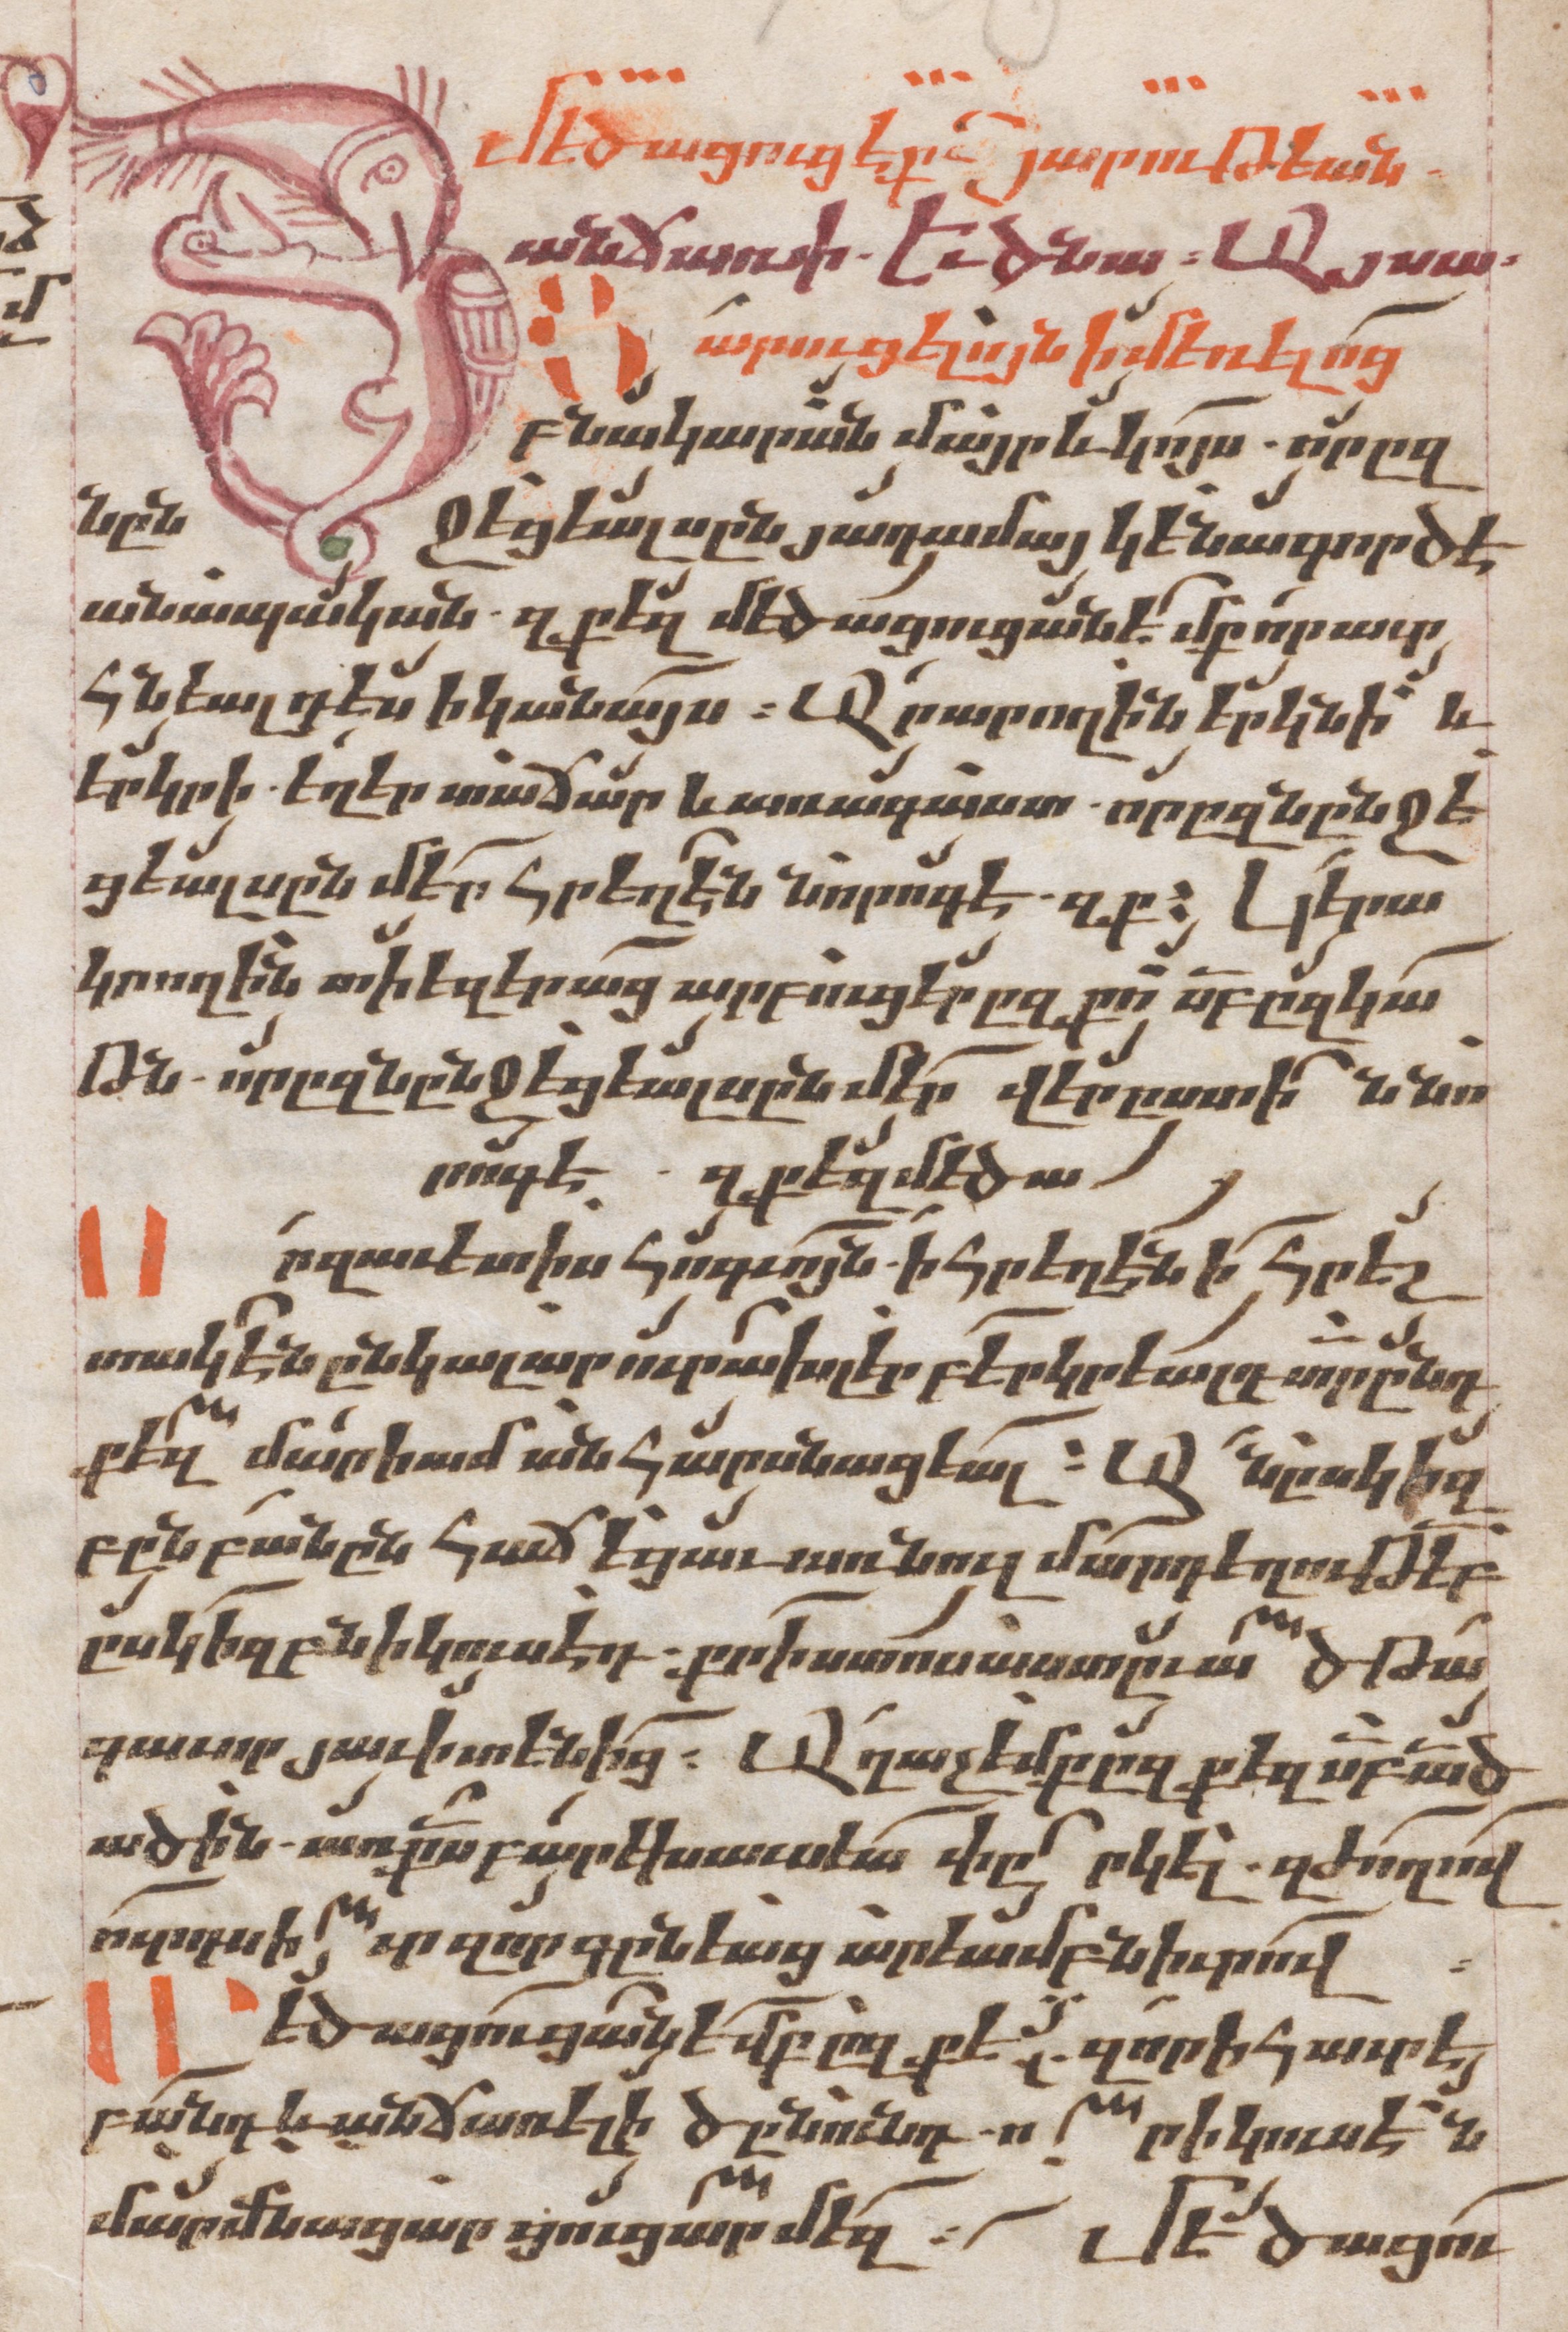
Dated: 1662–1662